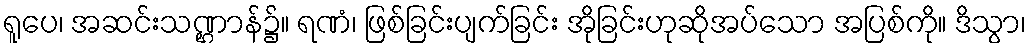
ရူပေ၊ အဆင်းသဏ္ဌာန်၌။ ရဏံ၊ ဖြစ်ခြင်းပျက်ခြင်း အိုခြင်းဟုဆိုအပ်သော အပြစ်ကို။ ဒိသွာ၊